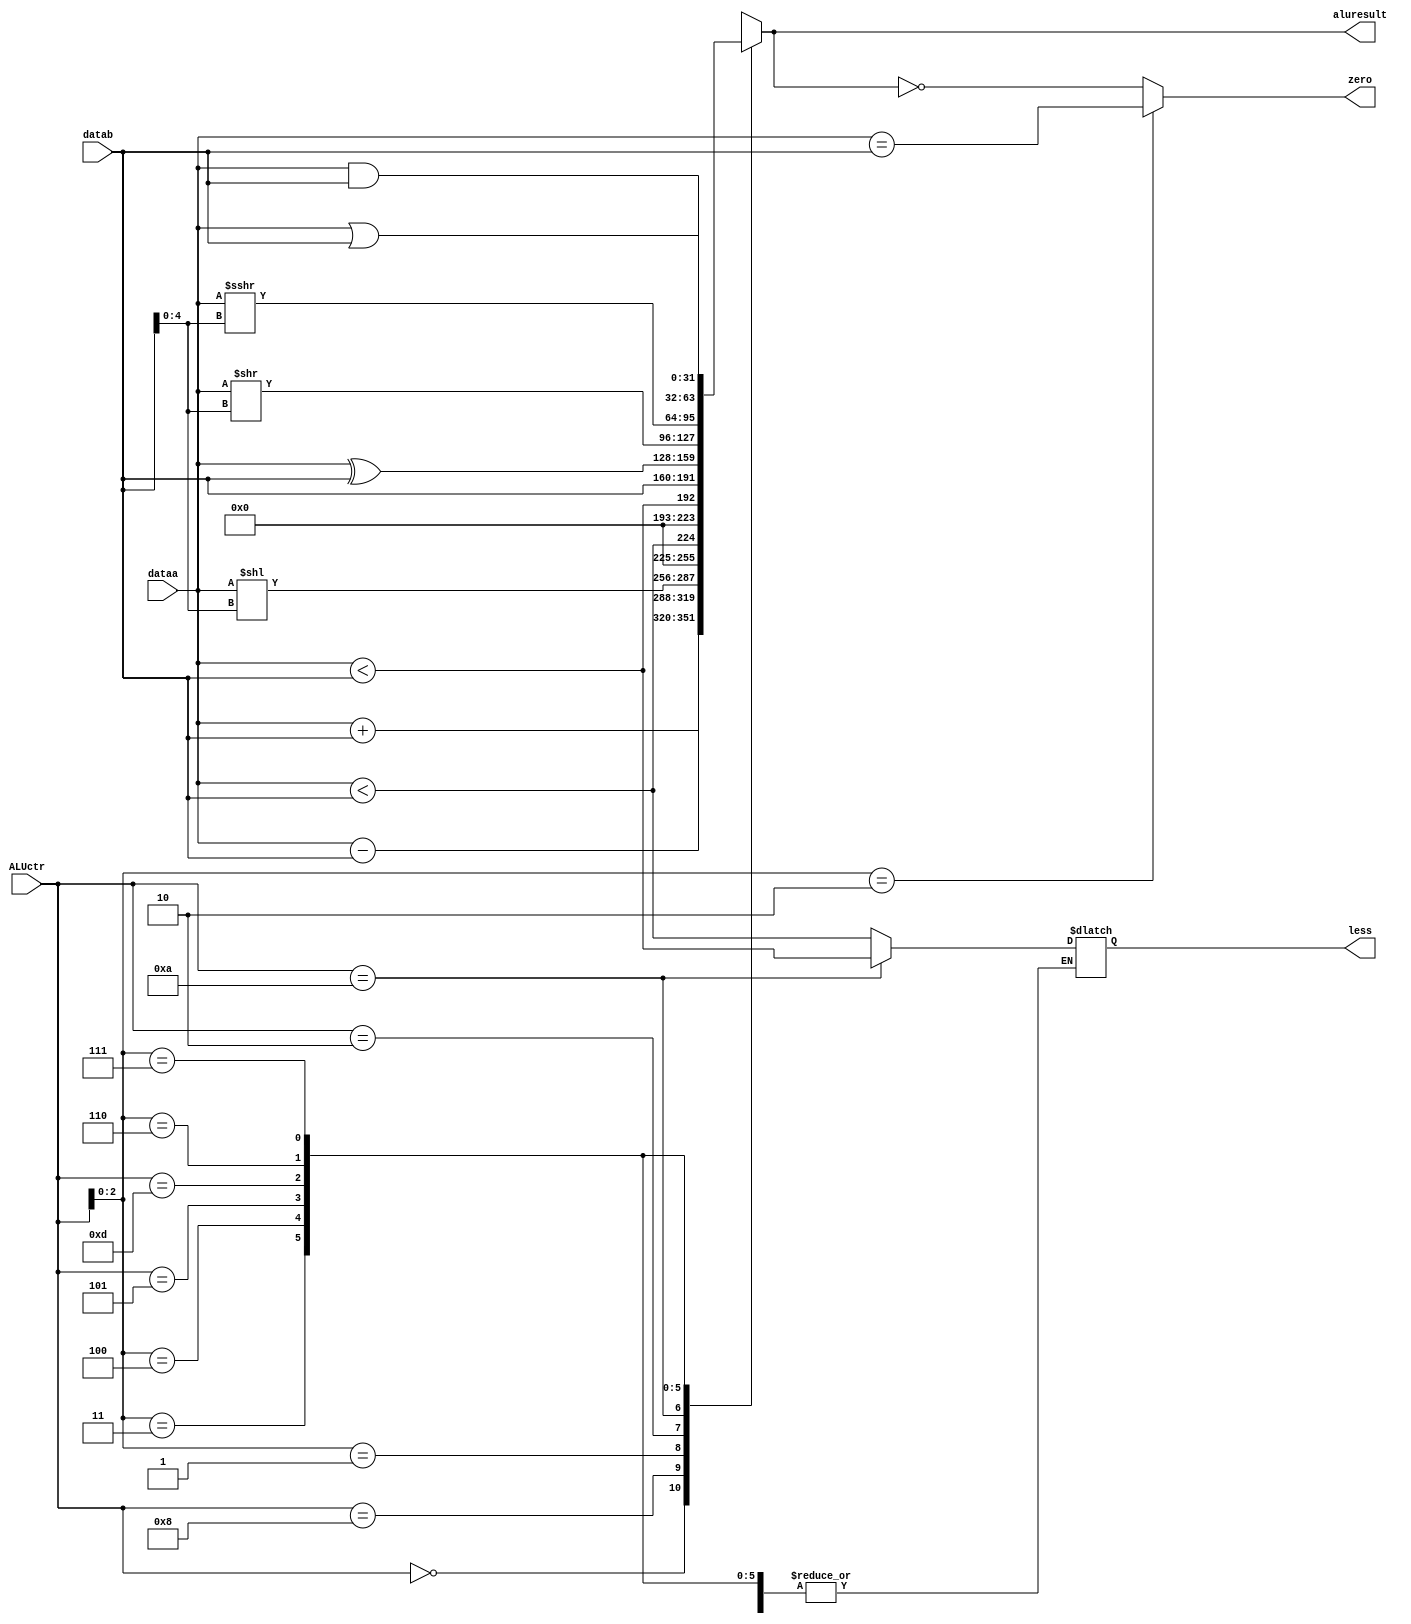
module alu(
	input [31:0] dataa,
	input [31:0] datab,
	input [3:0]  ALUctr,
	output reg less,
	output zero,
	output reg [31:0] aluresult);

	assign zero = ALUctr[2:0] == 3'b010 ? dataa == datab : aluresult == 0;

	always @ (*) begin
		casex (ALUctr) 
			4'b0000: aluresult = dataa + datab;
			4'b1000: aluresult = dataa - datab;
			4'bx001: aluresult = dataa << datab[4:0];
			4'b0010: begin less = $signed(dataa) < $signed(datab); aluresult = {31'd0, less}; end
			4'b1010: begin less = dataa < datab; aluresult = {31'd0, less}; end
			4'bx011: aluresult = datab;
			4'bx100: aluresult = dataa ^ datab;
			4'b0101: aluresult = dataa >> datab[4:0];
			4'b1101: aluresult = $signed(dataa) >>> datab[4:0];
			4'bx110: aluresult = dataa | datab;
			4'bx111: aluresult = dataa & datab;
		endcase
	end

endmodule